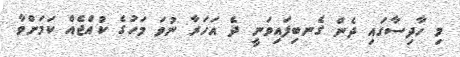
މި ހާދިސާގައި ދެން ގެނބިފައިވަނީ ދެ އަހަރާ ނުވަ މަހުގެ ކުއްޖެއް ކަމަށްވާ